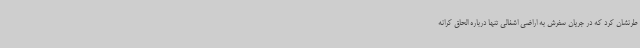
طرنشان کرد که در جریان سفرش به اراضی اشغالی تنها درباره الحاق کرانه